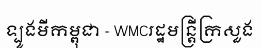
ទ្បូងមីកម្ពុជា - WMCរដ្ឋមន្ត្រីក្រសួង